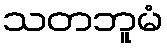
သတဘူမံ